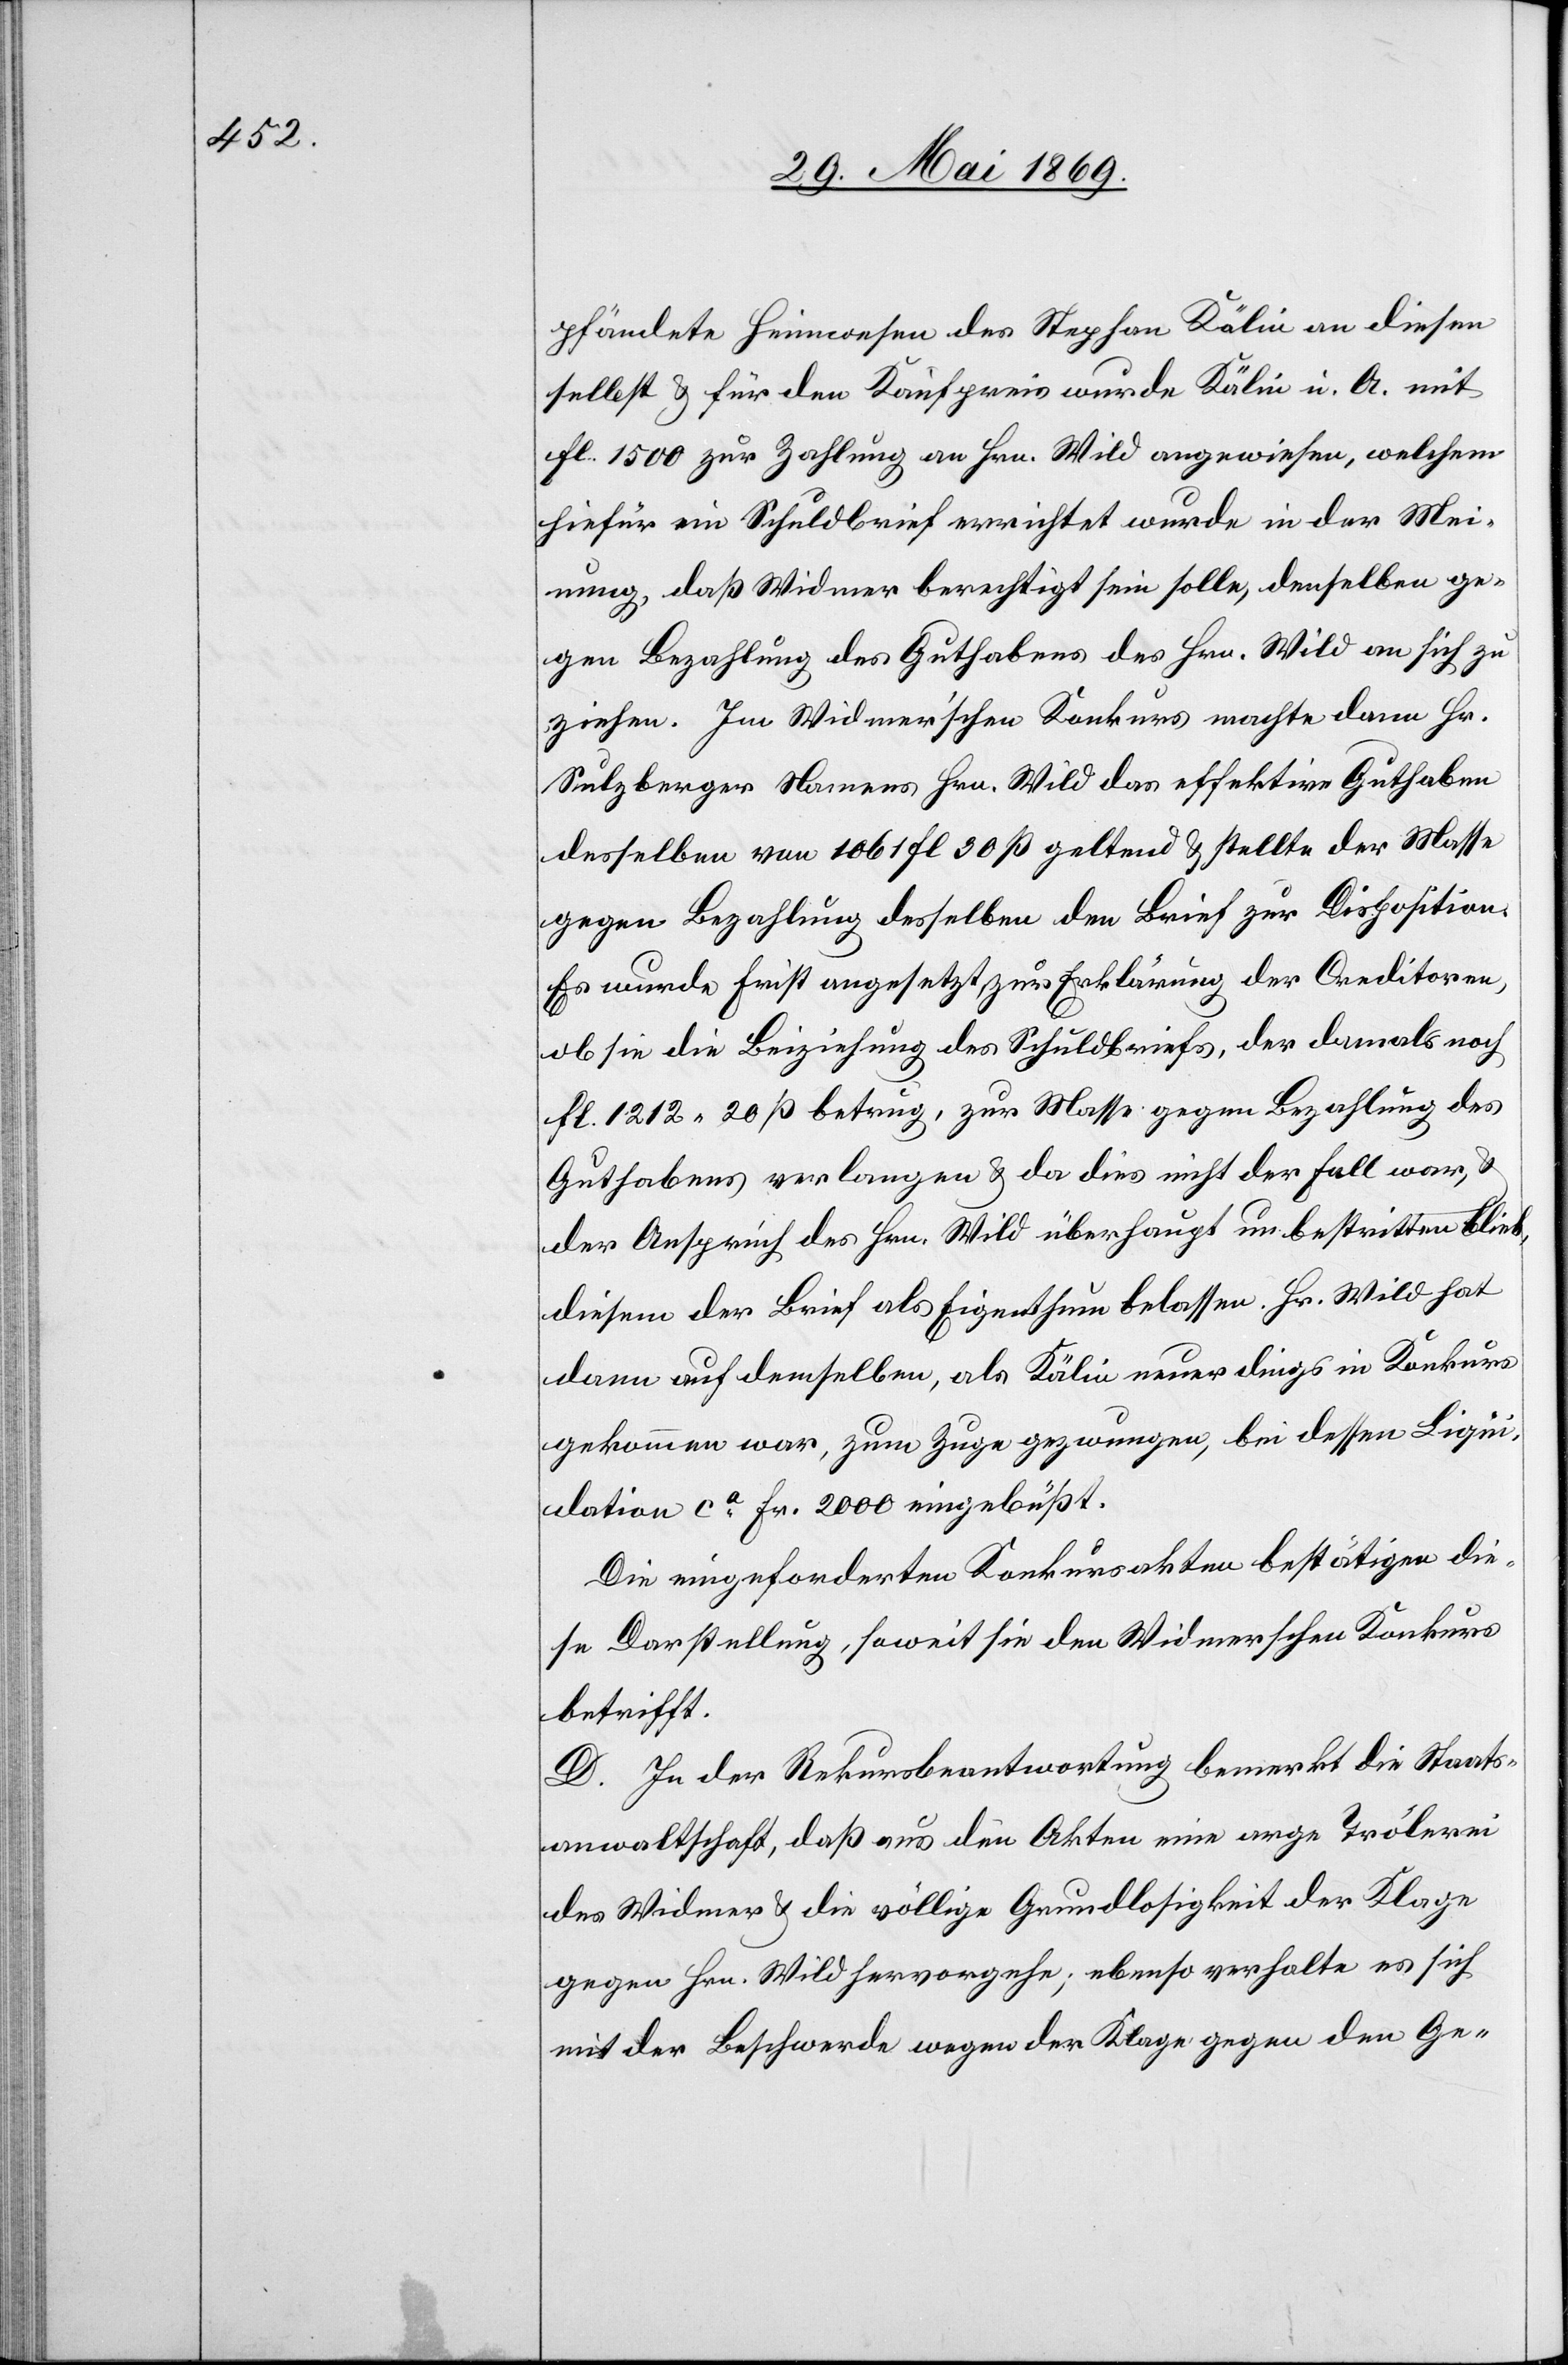
pfändete Heimwesen des Stephan Kälin an diesen
selbst u. für den Kaufpreis wurde Kälin u. A. mit
fl 1500 zur Zahlung an Hrn. Wild angewiesen, welchem
hiefür ein Schuldbrief errichtet wurde in der Mei¬
nung, daß Widmer berechtigt sein solle, denselben ge¬
gen Bezahlung des Guthabens des Hrn. Wild an sich zu
ziehen. Im Widmer’schen Konkurs machte dann Hr.
Sulzberger Namens Hrn. Wild das effektive Guthaben
desselben von 1061 fl 30 ß geltend u. stellte der Masse
gegen Bezahlung desselben den Brief zur Disposition.
Es wurde Frist angesetzt zur Erklärung der Creditoren,
ob sie die Beiziehung des Schuldbriefs, der damals noch
fl 1212.20 ß betrug, zur Masse gegen Bezahlung des
Guthabens verlangen u. da dies nicht der Fall war, u.
der Anspruch des Hrn. Wild überhaupt unbestritten blieb,
diesem der Brief als Eigenthum belassen. Hr. Wild hat
dann auf demselben, als Kälin neuerdings in Konkurs
gekommen war, zum Zuge gezwungen, bei dessen Liqui¬
dation ca Fr. 2000 eingebüßt.
Die eingeforderten Konkursakten bestätigen die¬
se Darstellung, soweit sie den Widmerschen Konkurs
betrifft.
D. In der Rekursbeantwortung bemerkt die Staats¬
anwaltschaft, daß aus den Akten eine arge Trölerei
des Widmer u. die völlige Grundlosigkeit der Klage
gegen Hrn. Wild hervorgehe, ebenso verhalte es sich
mit der Beschwerde wegen der Klage gegen den Ge-